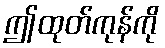
ဤထုတ်ကုန်ကို